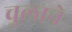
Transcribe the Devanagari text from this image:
चुलाने